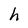
Character: h